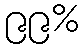
၉၉%